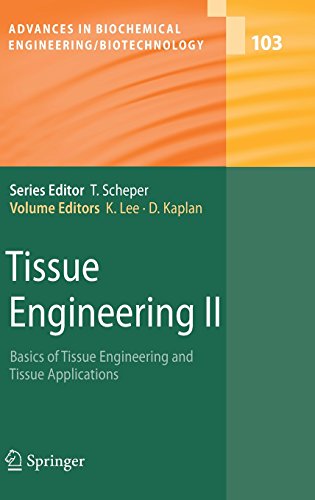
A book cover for Tissue Engineering II: Basics of Tissue Engineering and Tissue Applications (Advances in Biochemical Engineering/Biotechnology); Medical Books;